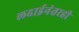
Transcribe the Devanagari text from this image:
लढाईनंतरही